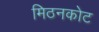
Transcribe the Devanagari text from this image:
मिठनकोट